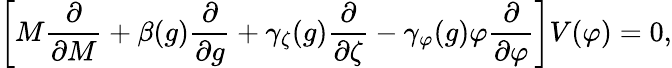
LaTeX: \left[M{\frac{\partial}{\partial M}}+\beta(g){\frac{\partial}{\partial g}}+\gamma_{\zeta}(g){\frac{\partial}{\partial\zeta}}-\gamma_{\varphi}(g)\varphi{\frac{\partial}{\partial\varphi}}\right]V(\varphi)=0,